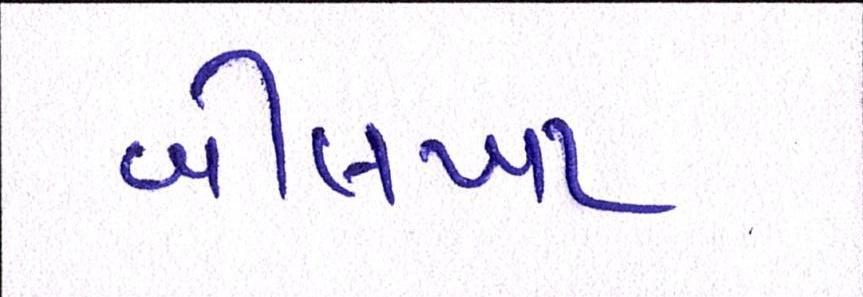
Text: બીલખા